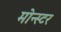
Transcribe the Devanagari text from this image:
मोन्स्टर